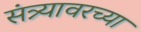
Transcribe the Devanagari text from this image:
संत्र्यावरच्या